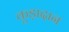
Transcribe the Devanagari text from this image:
कूड़ादान